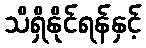
သိရှိနိုင်ရန်နှင့်